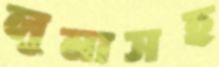
লুনাসহ